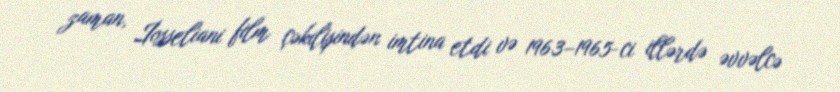
zaman, İosseliani film çəkilişindən imtina etdi və 1963–1965-ci illərdə əvvəlcə